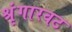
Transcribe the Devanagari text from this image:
श्रृंगारवट